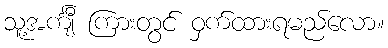
သူ့အင်္ကျီ ကြားတွင် ဝှက်ထားရမည်လော။